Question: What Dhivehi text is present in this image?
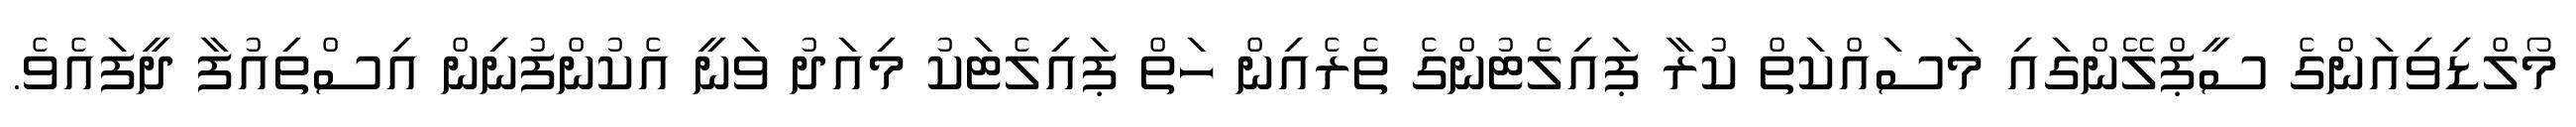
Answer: މޯލްޑިވިއަންގެ ސީޕްލޭންގައި މަސައްކަތް ކުރާ ޕައިލެޓުންގެ ތެރެއިން ހަތް ޕައިލެޓަކު މިއަދު ވަނީ އެކުންފުނިން އިސްތިއުފާ ދީފައެވެ.